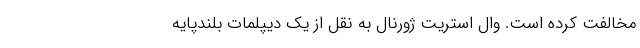
مخالفت کرده است. وال استریت ژورنال به نقل از یک دیپلمات بلندپایه